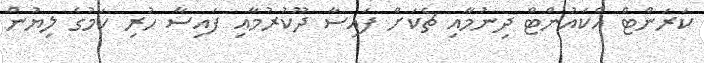
ކަރަންޓް އެކައުންޓް ދިނުމާއި ޗެކަށް ފައިސާ ދޫކުރުމާއި ފައިސާ ހުރި ކަމުގެ ލިޔުން